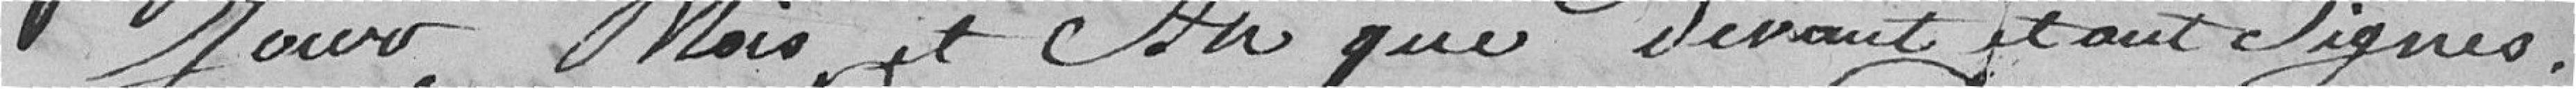
jour, mois et années devant tous signés.